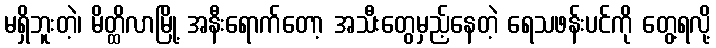
မရှိဘူးတဲ့၊ မိတ္ထိလာမြို့ အနီးရောက်တော့ အသီးတွေမှည့်နေတဲ့ ရေသဖန်းပင်ကို တွေ့ရလို့